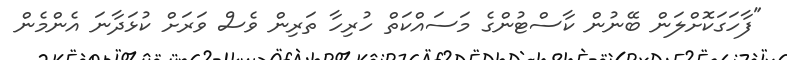
"ފާހަގަކޮށްލަން ބޭނުން ކާސްޓުންގެ މަސައްކަތް ހުރިހާ ތަރިން ވެސް ވަރަށް ކުޅަދާނަ އެންމެން